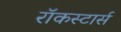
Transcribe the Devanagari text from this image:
रॉकस्टार्स